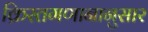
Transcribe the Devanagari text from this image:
क्रिस्तगणानानुसार